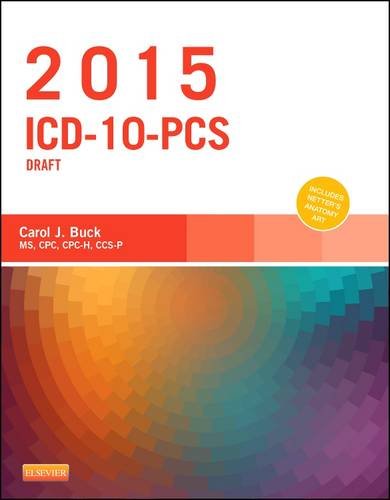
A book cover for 2015 ICD-10-PCS Draft Edition, 1e; Carol J. Buck MS  CPC  CCS-P; Medical Books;